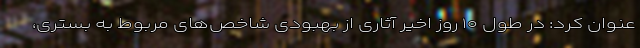
عنوان کرد: در طول ۱۰ روز اخیر آثاری از بهبودی شاخص‌های مربوط به بستری،